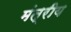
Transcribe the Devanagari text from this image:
मंत्रीय